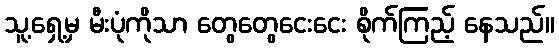
သူ့ရှေ့မှ မီးပုံကိုသာ တွေတွေငေးငေး စိုက်ကြည့် နေသည်။